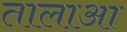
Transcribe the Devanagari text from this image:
तालाआ